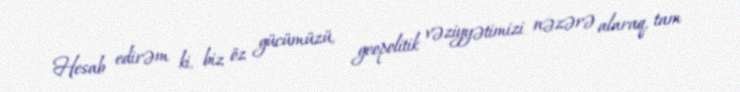
Hesab edirəm ki, biz öz gücümüzü, geopolitik vəziyyətimizi nəzərə alaraq, tam